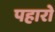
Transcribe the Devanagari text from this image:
पहारो